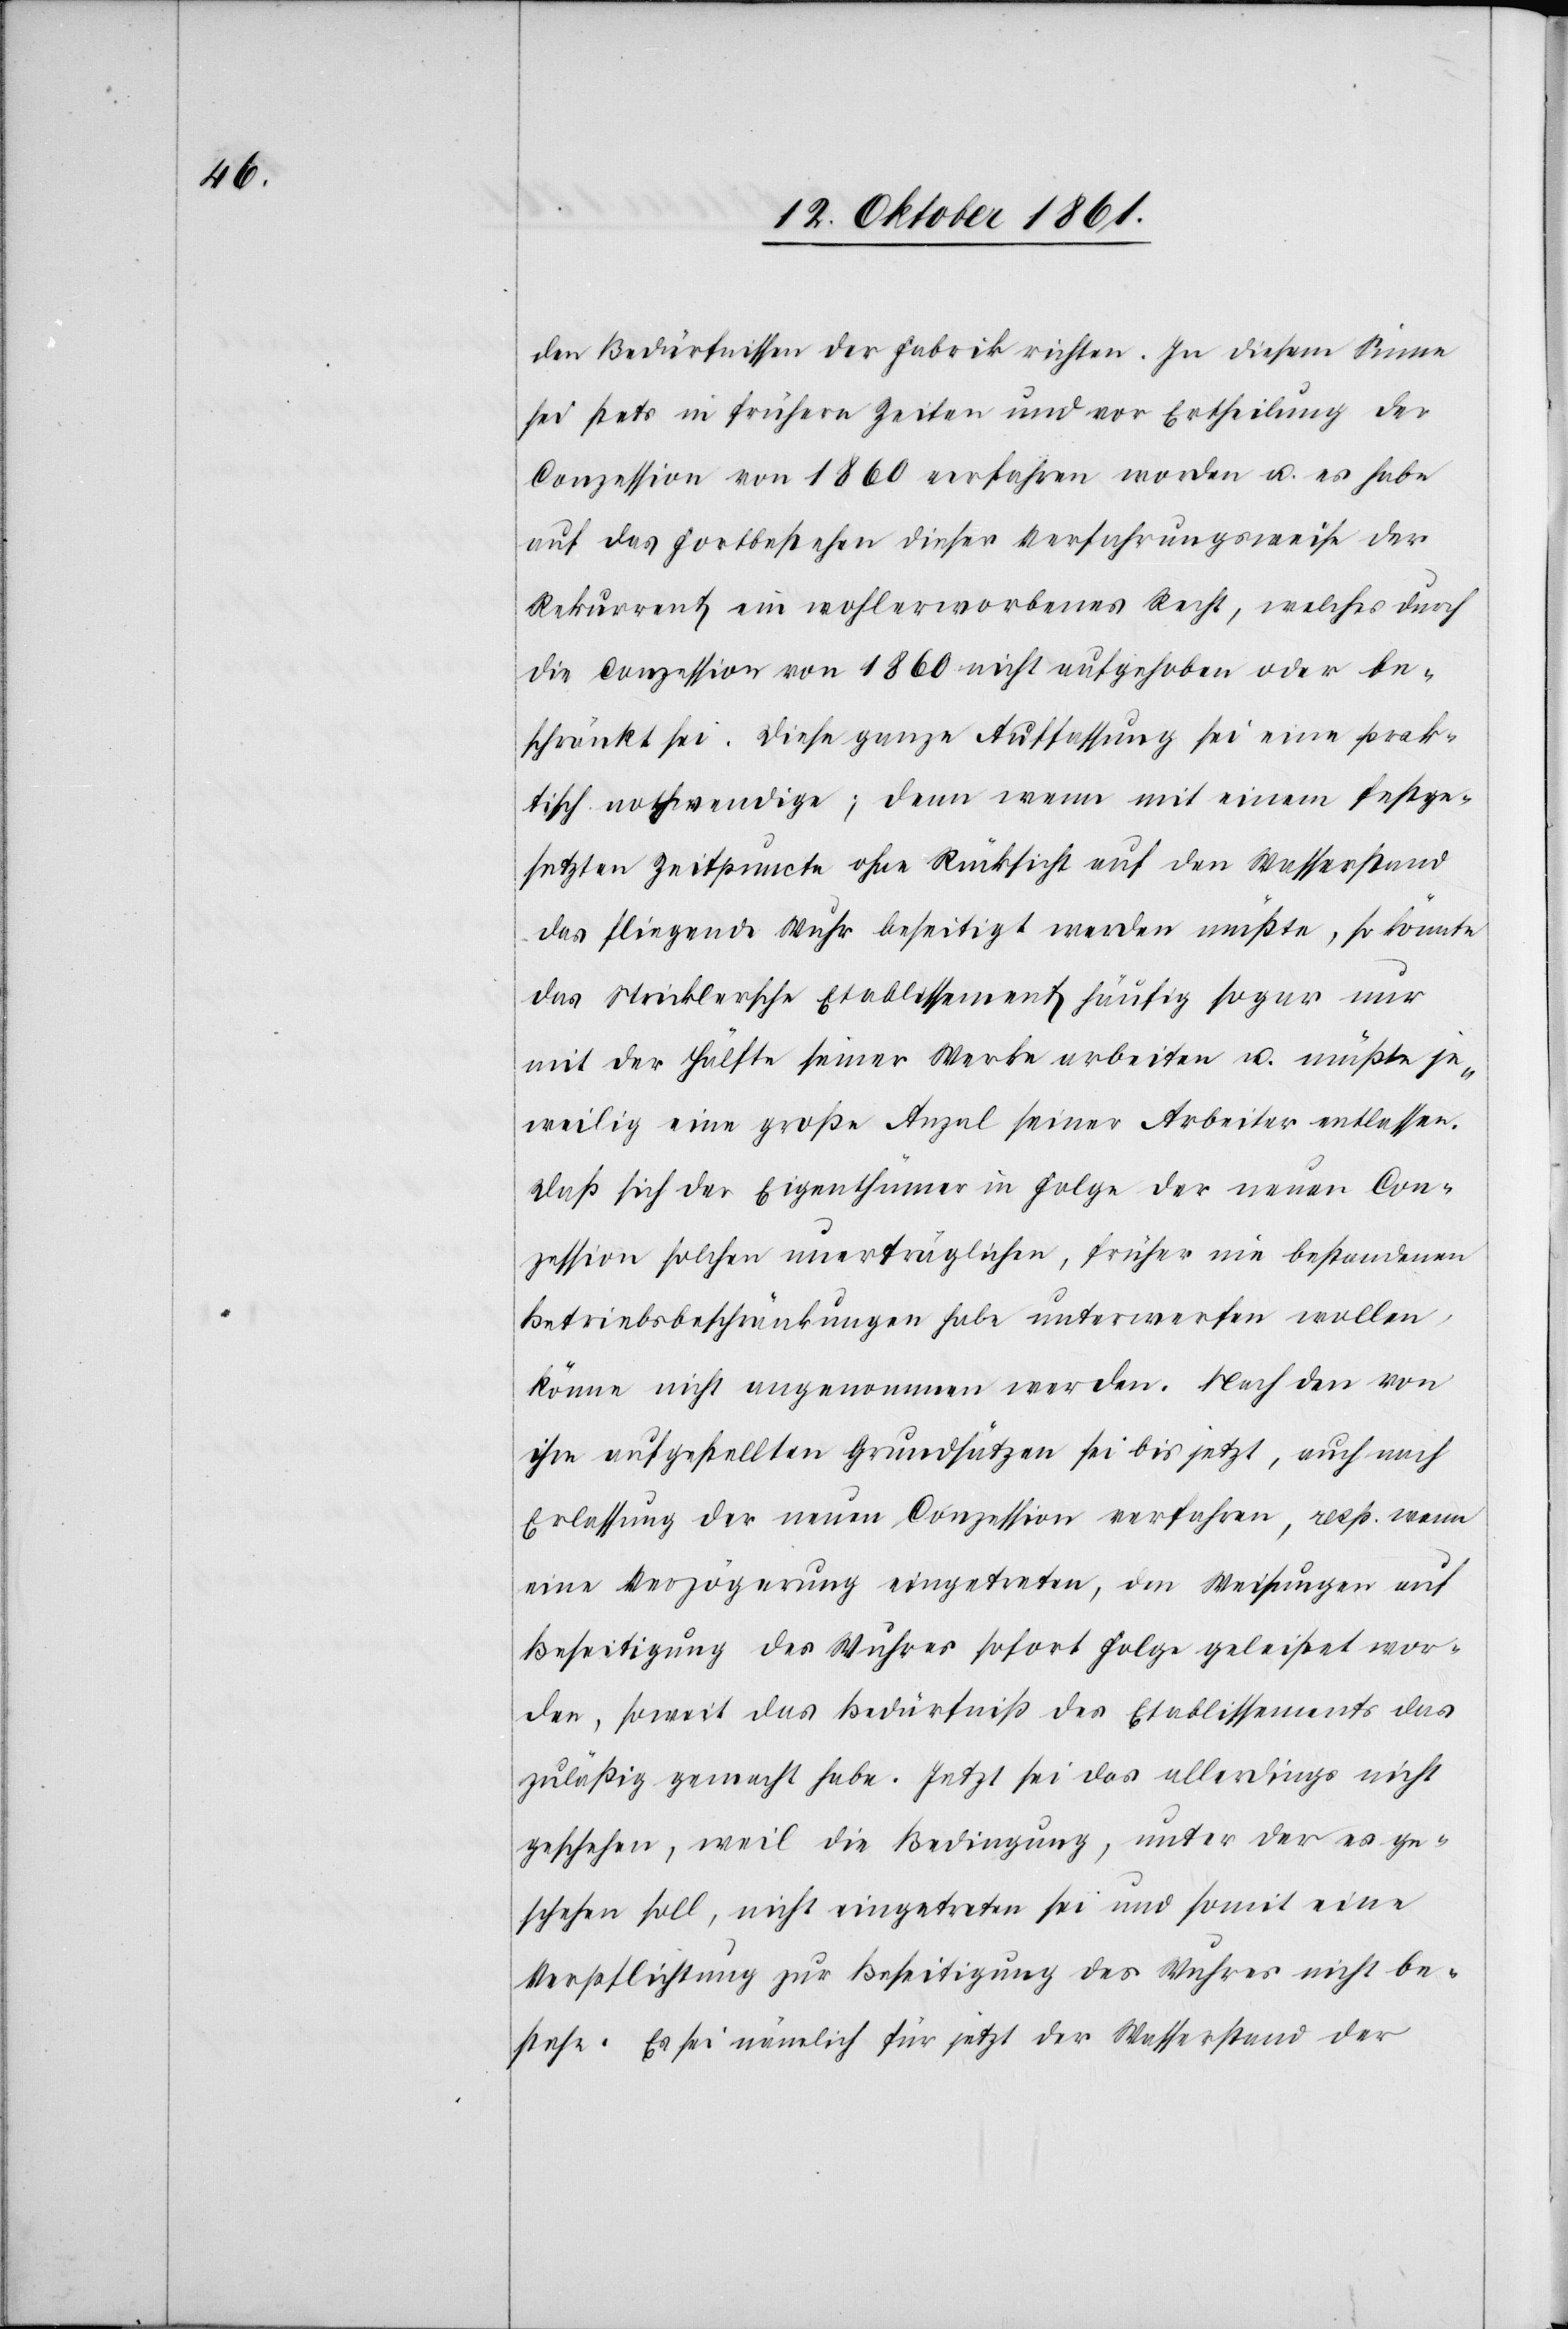
den Bedürfnissen der Fabrik richten. In diesem Sinne
sei stets in frühern Zeiten und vor Ertheilung der
Conzession von 1860 verfahren worden u. es habe
auf das Fortbestehen dieser Verfahrungsweise der
Rekurrent ein wohlerworbenes Recht, welches durch
die Conzession von 1860 nicht aufgehoben oder be¬
schränkt sei. Diese ganze Auffassung sei eine prak¬
tische nothwendige; denn wenn mit einem festge¬
setzten Zeitpuncte ohne Rücksicht auf den Wasserstand
das fliegende Wuhr beseitigt werden müßte, so könnte
das Stricklersche Etablissement künftig sogar nur
mit der Hälfte seiner Werke arbeiten u. müßte je¬
weilig eine große Anzal seiner Arbeiter entlassen.
Daß sich der Eigenthümer in Folge der neuen Con¬
zession solchen unerträglichen, früher nie bestandenen
Betriebsbeschränkungen habe unterwerfen wollen,
könne nicht angenommen werden. Nach den von
ihm aufgestellten Grundsätzen sei bis jetzt, auch nach
Erlassung der neuen Conzession verfahren, resp. wenn
eine Verzögerung eingetreten, den Weisungen auf
Beseitigung des Wuhres sofort Folge geleistet wor¬
den, soweit das Bedürfniß des Etablissements das
zuläßig gemacht habe. Jetzt sei das allerdings nicht
geschehen, weil die Bedingung, unter der es ge¬
schehen soll, nicht eingetreten sei und somit eine
Verpflichtung zur Beseitigung des Wuhres nicht be¬
stehe. Es sei nämlich für jetzt der Wasserstand der